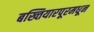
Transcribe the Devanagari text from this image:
बख्तियारपूरमधून